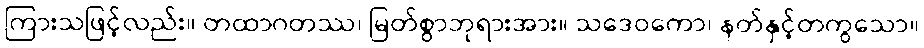
ကြားသဖြင့်လည်း။ တထာဂတဿ၊ မြတ်စွာဘုရားအား။ သဒေဝကော၊ နတ်နှင့်တကွသော။